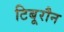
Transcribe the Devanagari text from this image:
टिबूरौन